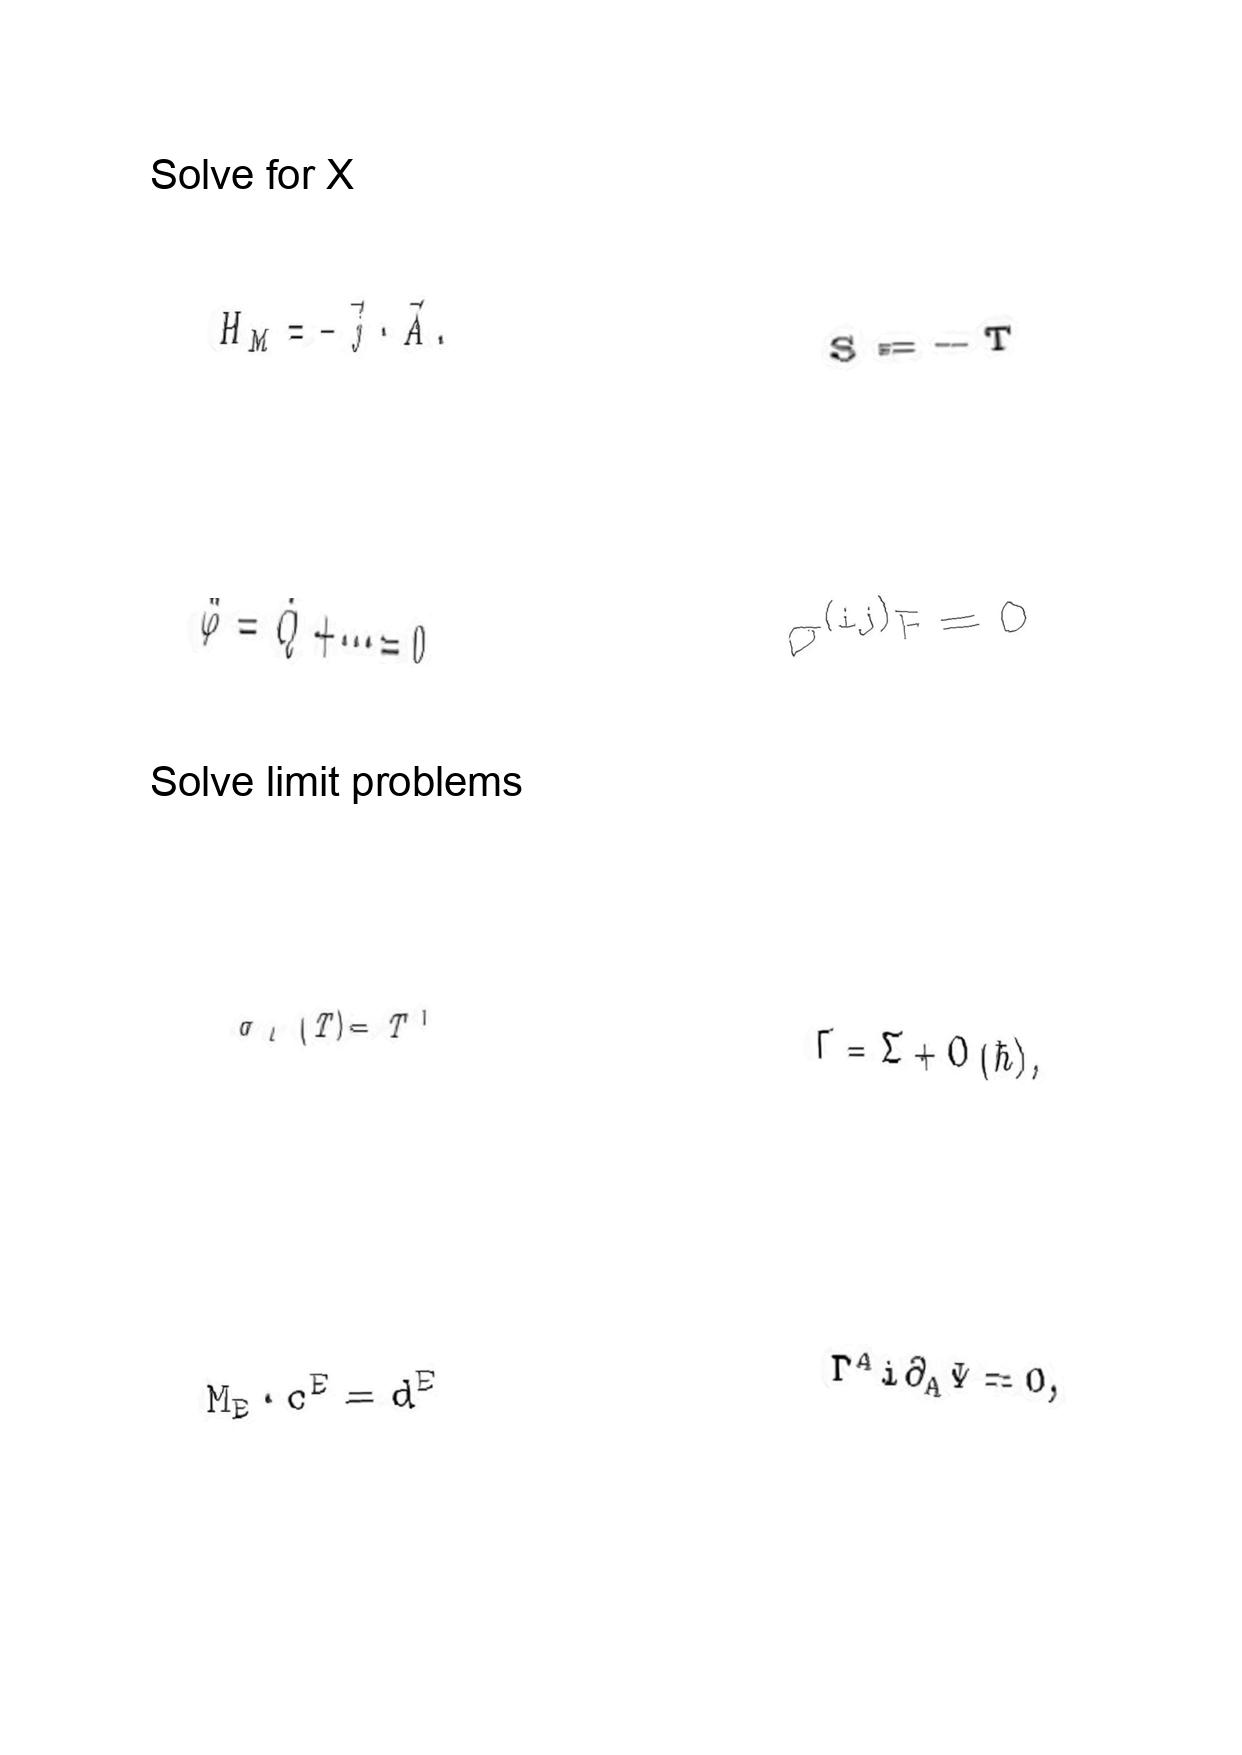
LaTeX transcription:
H _ { M } = - \vec { j } \cdot \vec { A } .
\ddot { \varphi } = \dot { Q } + \@cdots = 0
\sigma _ { l } \lparen T \rparen = T ^ { l }
M _ { E } \cdot c ^ { E } = d ^ { E }
S = - T
\sigma ^ { \lparen i j \rparen } F = 0
\Gamma = \Sigma + O \lparen \hbar \rparen ,
\Gamma ^ { A } i \partial _ { A } \Psi = 0 ,